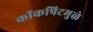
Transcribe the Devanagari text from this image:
कॉकपिटमुळे